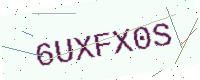
Text: 6UXFX0S